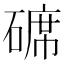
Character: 𥔷